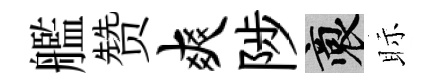
艦赞爽陟裔眎